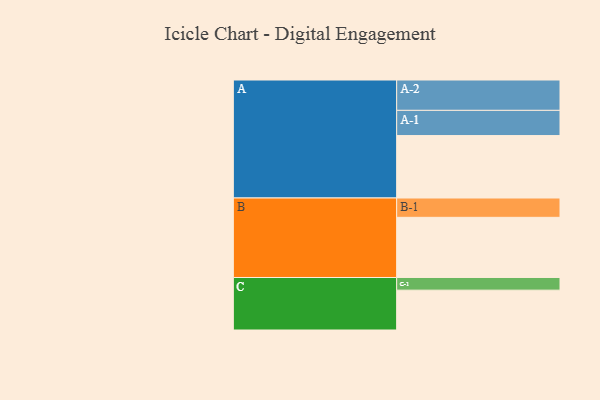
{"axis": {"x": "Segment", "y": "Value"}, "legend": ["", "A", "B", "C"], "data": [{"x": "A", "y": 572, "type": ""}, {"x": "B", "y": 551, "type": ""}, {"x": "C", "y": 365, "type": ""}, {"x": "A-1", "y": 231, "type": "A"}, {"x": "A-2", "y": 278, "type": "A"}, {"x": "B-1", "y": 177, "type": "B"}, {"x": "C-1", "y": 116, "type": "C"}]}